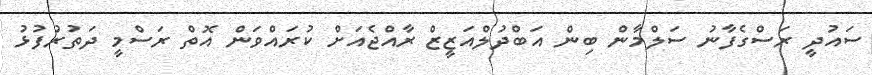
ސައުދީ ރަސްގެފާނު ސަލްމާން ބިން އަބްދުލްއަޒީޒް ރާއްޖެއަށް ކުރައްވަން އޮތް ރަސްމީ ދަތުރުފުޅު